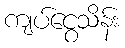
ကျပ်ငွေသိန်း